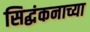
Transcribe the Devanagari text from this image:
सिद्धंकनाच्या